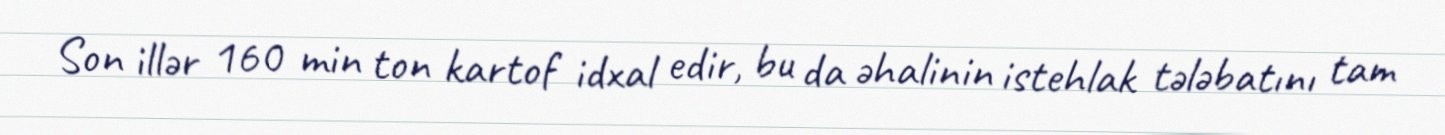
Son illər 160 min ton kartof idxal edir, bu da əhalinin istehlak tələbatını tam